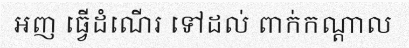
ឣញ ធ្វើដំណើរ ទៅដល់ ពាក់កណ្តាល